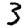
Digit: 3